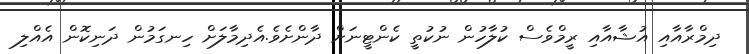
ދިމްރާއާއި އުޝާއާއި ރީމްވެސް ކުލާހުން ނުކުތީ ކެންޓީނަށް ދާންށެވެ.އެދިމާލަށް ހިނގަމުން ދަނިކޮން އެއްލި